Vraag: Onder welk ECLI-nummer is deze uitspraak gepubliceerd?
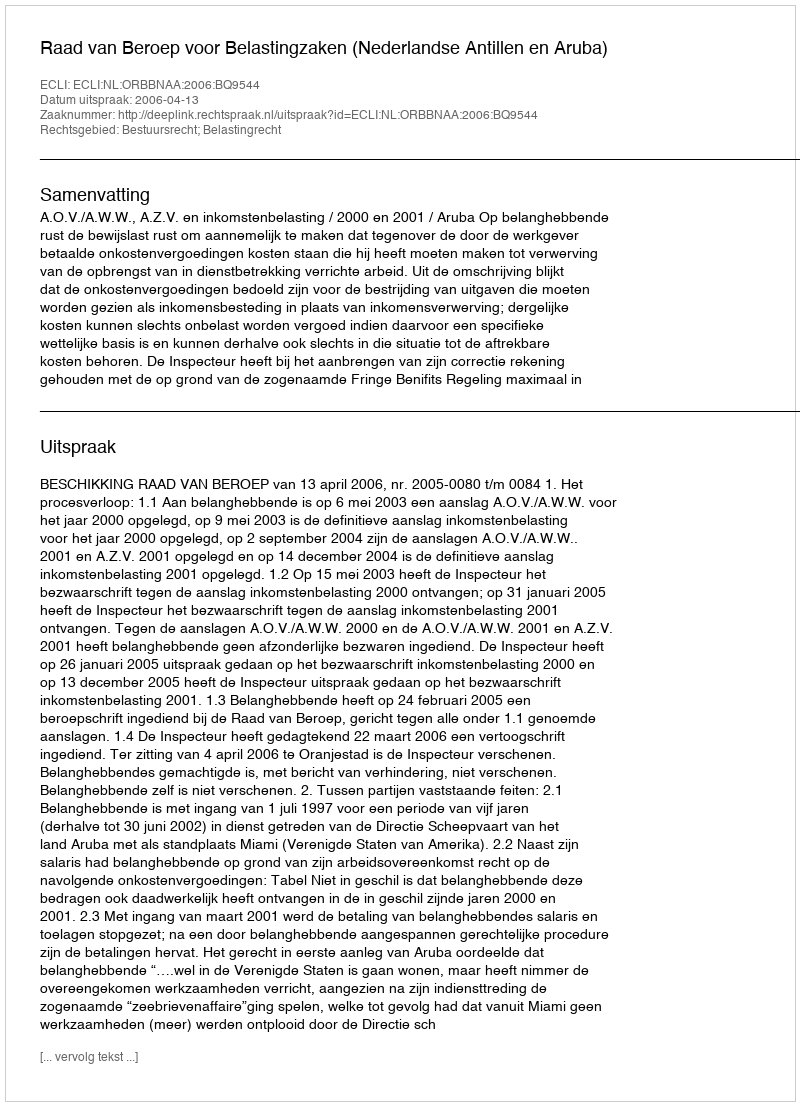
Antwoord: ECLI:NL:ORBBNAA:2006:BQ9544